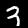
Label: 3